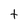
Character: t